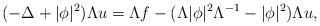
LaTeX: \begin{align*} (-\Delta + |\phi|^2) \Lambda u = \Lambda f - ( \Lambda |\phi|^2 \Lambda^{-1} - |\phi|^2) \Lambda u, \end{align*}